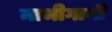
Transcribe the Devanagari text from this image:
नाभीगानी